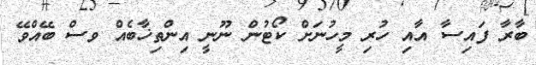
ބާރާ ފައިސާ އާއި ހުރި މީހުނަށް ކޯޓުން ނޫނީ އިންތިޚާބެއް ވސް ބޭއްވޭ